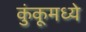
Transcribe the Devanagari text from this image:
कुंकूमध्ये